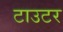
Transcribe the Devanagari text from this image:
टाउटर